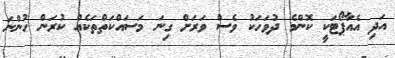
އަދި އެއާޕޯޓަކީ ކޮންމެ ދުވަހަކު ވެސް ވަރަށް ގިނަ މަސައްކަތްތަކެއް ކުރަން ހުންނަ